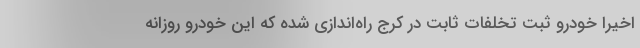
اخیراً خودرو ثبت تخلفات ثابت در کرج راه‌اندازی شده که این خودرو روزانه